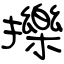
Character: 擽